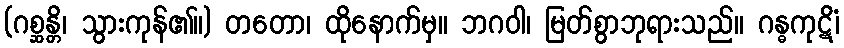
(ဂစ္ဆန္တိ၊ သွားကုန်၏။) တတော၊ ထိုနောက်မှ။ ဘဂဝါ၊ မြတ်စွာဘုရားသည်။ ဂန္ဓကုဋိံ၊